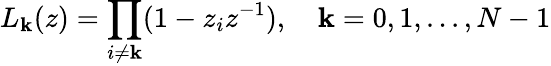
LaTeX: L_{\mathbf{k}}(z)=\prod_{i\neq\mathbf{k}}(1-z_{i}z^{-1}),\quad\mathbf{k}=0,1,...,N-1